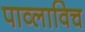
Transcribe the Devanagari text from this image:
पाव्लाविच